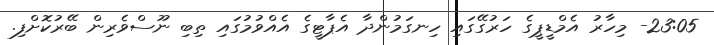
23:05- މިހާރު އެމްޑީޕީގެ ހަރުގޭގައި ހިނގަމުންދާ އެޕާޓީގެ އެއްވުމުގައި ތިބި ނޫސްވެރިން ބޭރުކޮށްފި.